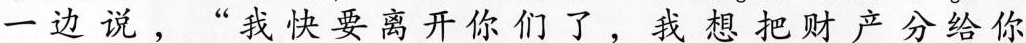
一边说，“我快要离开你们了，我想把财产分给你